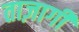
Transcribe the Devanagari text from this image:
ताज़ागी